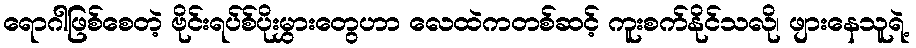
ရောဂါဖြစ်စေတဲ့ ဗိုင်းရပ်စ်ပိုးမွှားတွေဟာ လေထဲကတစ်ဆင့် ကူးစက်နိုင်သလို၊ ဖျားနေသူရဲ့